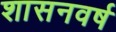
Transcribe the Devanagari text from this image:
शासनवर्ष